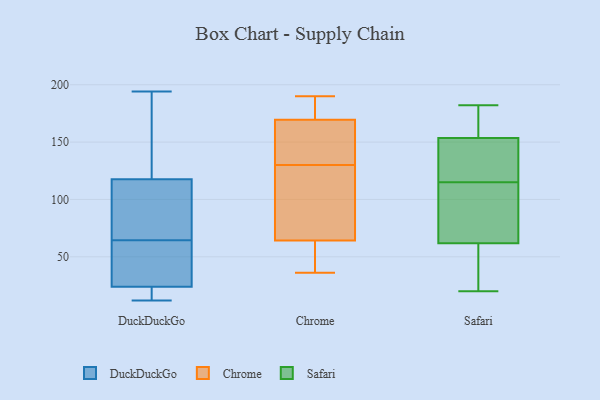
{"axis": {"x": "Market Share (%)", "y": "Value"}, "legend": ["Chrome", "DuckDuckGo", "Safari"], "data": [{"x": "", "y": 35, "type": "DuckDuckGo"}, {"x": "", "y": 194, "type": "DuckDuckGo"}, {"x": "", "y": 85, "type": "DuckDuckGo"}, {"x": "", "y": 168, "type": "DuckDuckGo"}, {"x": "", "y": 114, "type": "DuckDuckGo"}, {"x": "", "y": 17, "type": "DuckDuckGo"}, {"x": "", "y": 99, "type": "DuckDuckGo"}, {"x": "", "y": 32, "type": "DuckDuckGo"}, {"x": "", "y": 44, "type": "DuckDuckGo"}, {"x": "", "y": 17, "type": "DuckDuckGo"}, {"x": "", "y": 101, "type": "DuckDuckGo"}, {"x": "", "y": 31, "type": "DuckDuckGo"}, {"x": "", "y": 136, "type": "DuckDuckGo"}, {"x": "", "y": 15, "type": "DuckDuckGo"}, {"x": "", "y": 12, "type": "DuckDuckGo"}, {"x": "", "y": 121, "type": "DuckDuckGo"}, {"x": "", "y": 39, "type": "Chrome"}, {"x": "", "y": 63, "type": "Chrome"}, {"x": "", "y": 134, "type": "Chrome"}, {"x": "", "y": 68, "type": "Chrome"}, {"x": "", "y": 183, "type": "Chrome"}, {"x": "", "y": 36, "type": "Chrome"}, {"x": "", "y": 125, "type": "Chrome"}, {"x": "", "y": 149, "type": "Chrome"}, {"x": "", "y": 183, "type": "Chrome"}, {"x": "", "y": 182, "type": "Chrome"}, {"x": "", "y": 57, "type": "Chrome"}, {"x": "", "y": 135, "type": "Chrome"}, {"x": "", "y": 84, "type": "Chrome"}, {"x": "", "y": 129, "type": "Chrome"}, {"x": "", "y": 130, "type": "Chrome"}, {"x": "", "y": 53, "type": "Chrome"}, {"x": "", "y": 170, "type": "Chrome"}, {"x": "", "y": 190, "type": "Chrome"}, {"x": "", "y": 168, "type": "Chrome"}, {"x": "", "y": 70, "type": "Safari"}, {"x": "", "y": 161, "type": "Safari"}, {"x": "", "y": 115, "type": "Safari"}, {"x": "", "y": 125, "type": "Safari"}, {"x": "", "y": 62, "type": "Safari"}, {"x": "", "y": 94, "type": "Safari"}, {"x": "", "y": 182, "type": "Safari"}, {"x": "", "y": 60, "type": "Safari"}, {"x": "", "y": 129, "type": "Safari"}, {"x": "", "y": 61, "type": "Safari"}, {"x": "", "y": 151, "type": "Safari"}, {"x": "", "y": 100, "type": "Safari"}, {"x": "", "y": 20, "type": "Safari"}, {"x": "", "y": 177, "type": "Safari"}, {"x": "", "y": 35, "type": "Safari"}, {"x": "", "y": 133, "type": "Safari"}, {"x": "", "y": 178, "type": "Safari"}]}